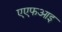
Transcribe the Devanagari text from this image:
एएफआइ